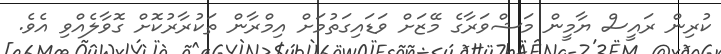
ކުރިން ރައީސް ޔާމީން މަޝްވަރާގެ މޭޒަށް ވަޑައިގަތުމަށް އިމްރާން ތަކުރާރުކޮށް ގޮވާލެއްވި އެވެ.